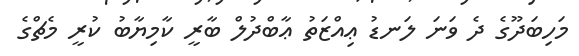
މަހިބަދޫގެ ދެ ވަނަ ލަނޑު ޢިއްޒަތު ޢާބްދުލް ބާރީ ކާމިޔާބު ކުރީ މެޗްގެ